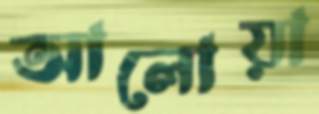
আলোয়া